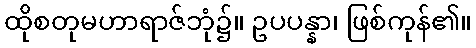
ထိုစတုမဟာရာဇ်ဘုံ၌။ ဥပပန္နာ၊ ဖြစ်ကုန်၏။